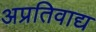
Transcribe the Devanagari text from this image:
अप्रतिवाद्य